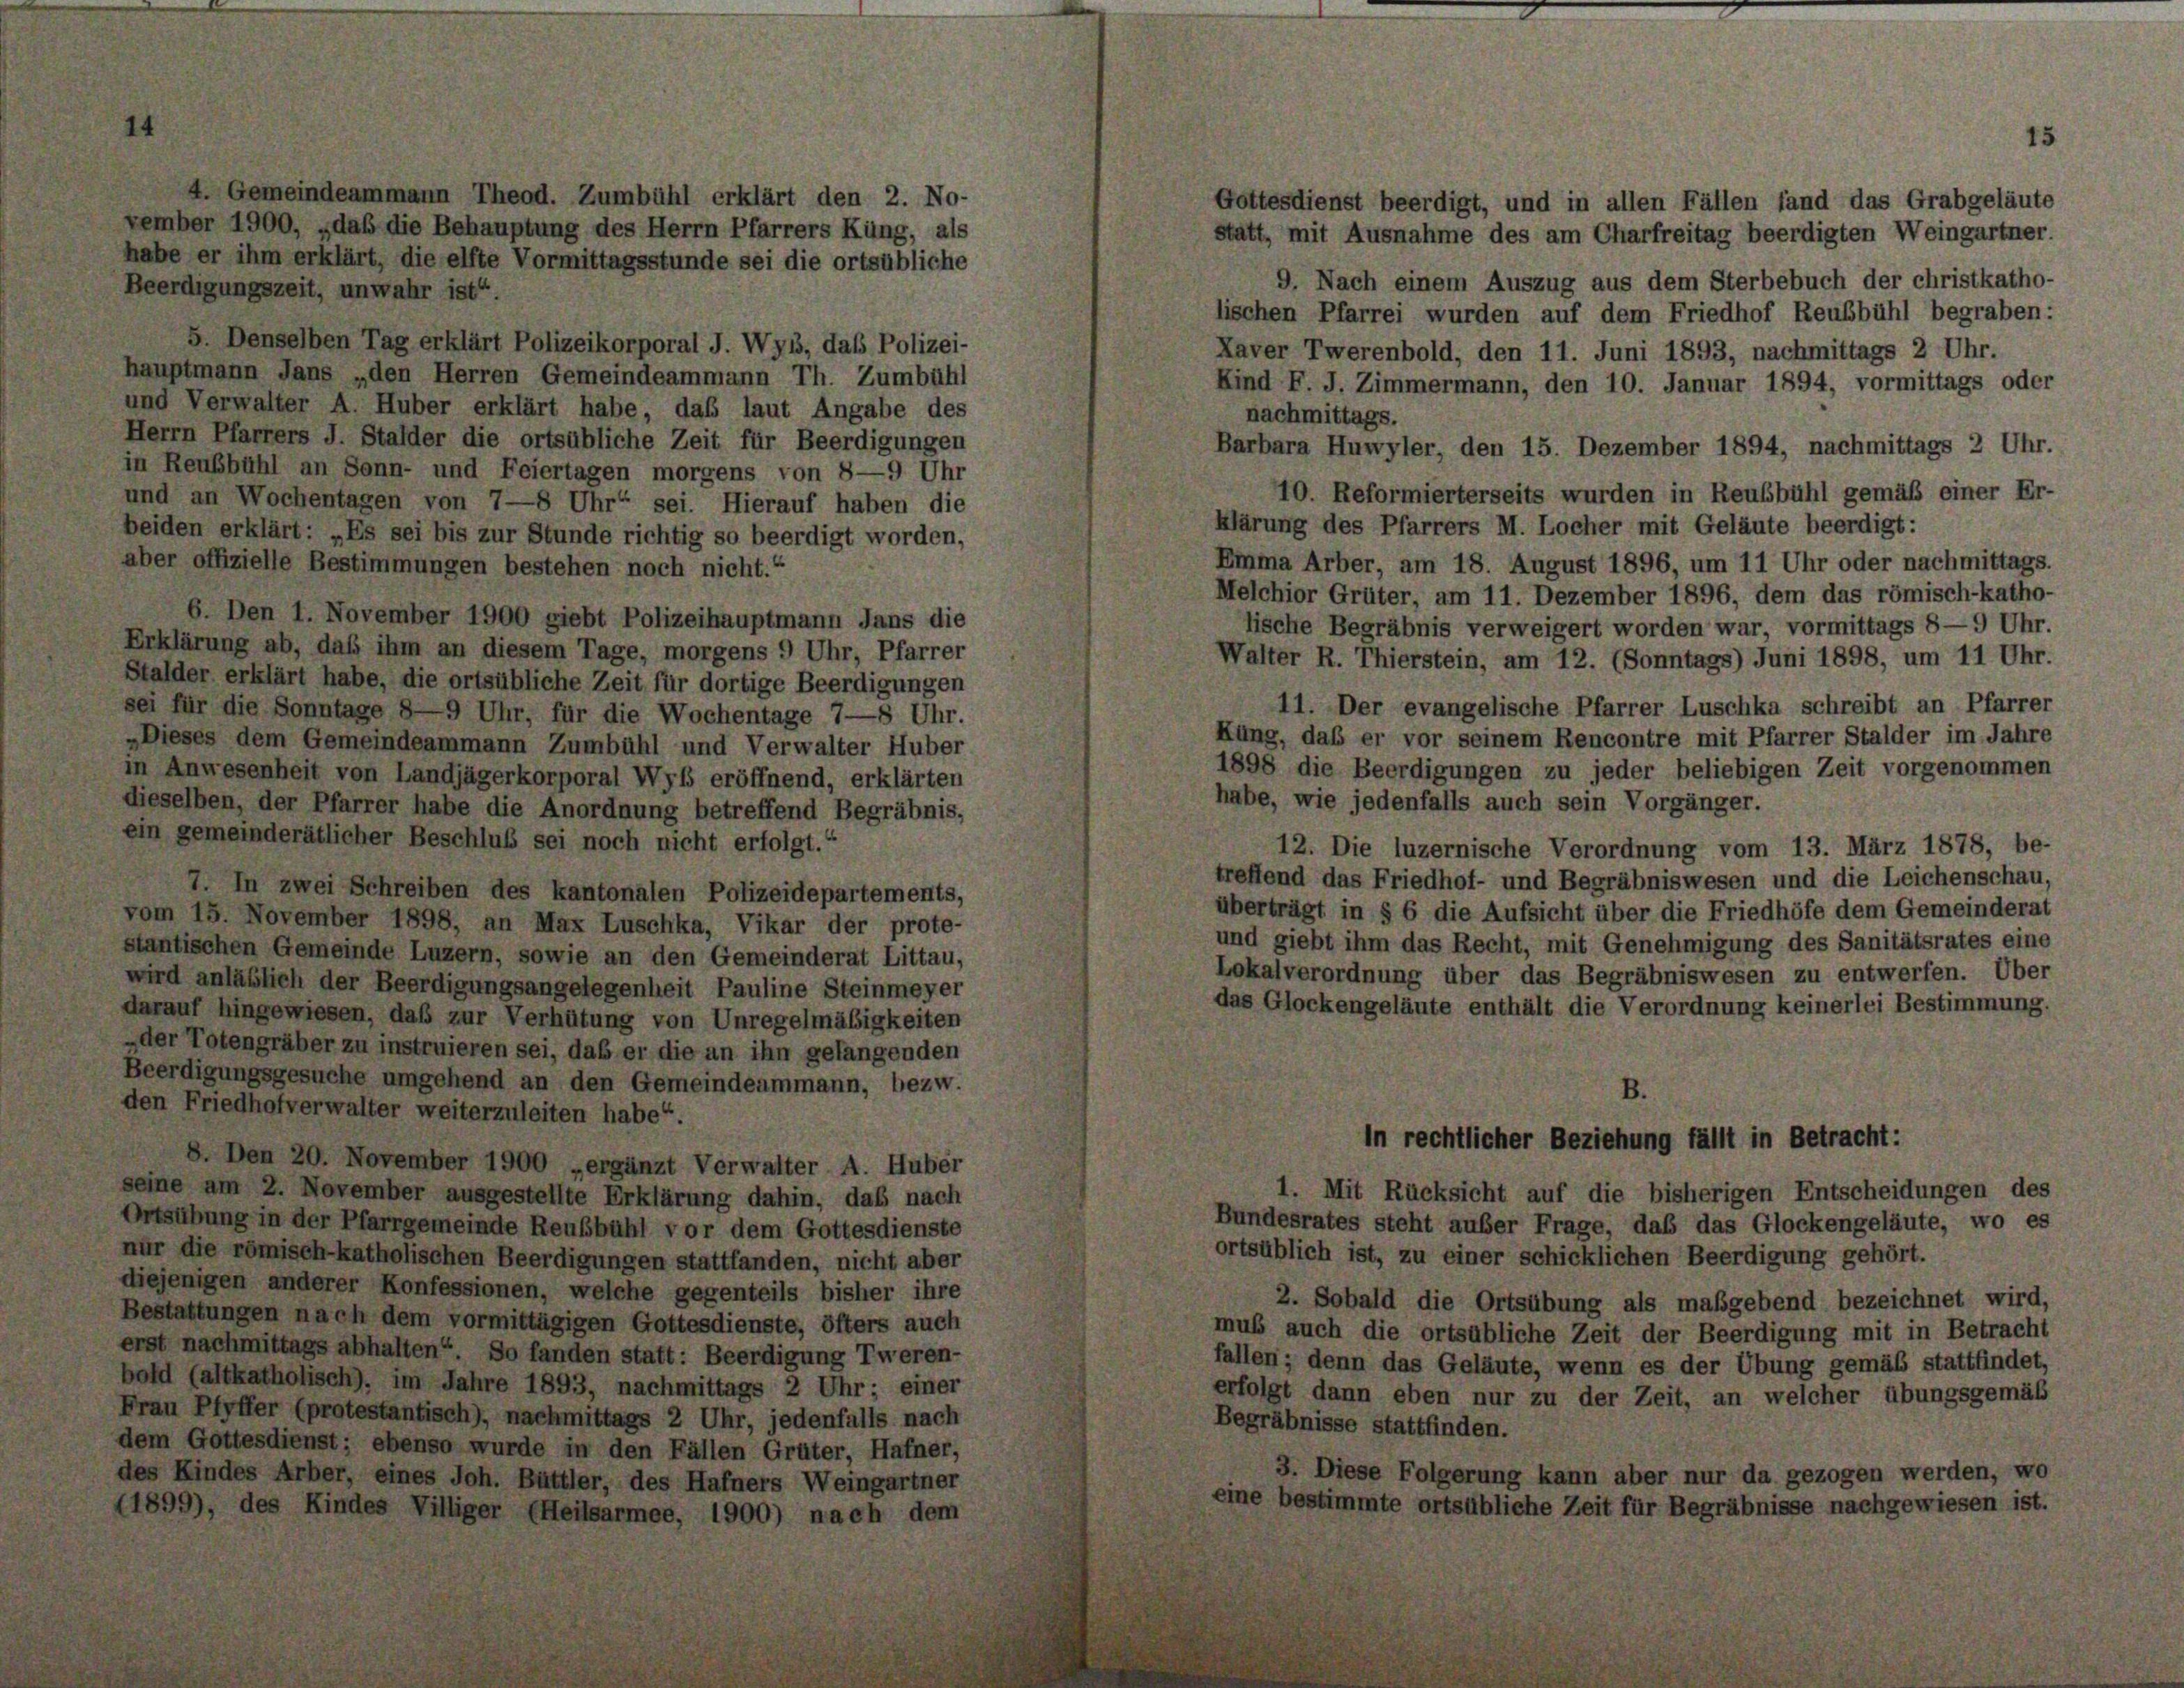
.

Gemeindeammann Theod. Zumbühl erklärt den 2. No-
1900, „daß die Behauptung des Herrn Pfarrers Küng, als
ihm erklärt, die elfte Vormittagsstunde sei die ortsübliche

5. Denselben Tag erklärt Polizeikorporal J. Wyss, das Polizei-
hauptmann Jans „den Herren Gemeindeammann Th. Zumbühl
und Verwalter A. Huber erklärt habe, daß laut Angabe des
Herrn Pfarrers J. Stalder die ortsübliche Zeit für Beerdigungen
in Reubbühl an Sonn- und Feiertagen morgens von 8-9 Uhr
und an Wochentagen von 7—8 Uhr“ sei. Hierauf haben die
beiden erklärt: „Es sei bis zur Stunde richtig so beerdigt worden,
aber offizielle Bestimmungen bestehen noch nicht.“
6. Den 1. November 1900 giebt Polizeihauptmann Jans die
Erklärung ab, daß ihm an diesem Tage, morgens 9 Uhr, Pfarrer
Stalder erklärt habe, die ortsübliche Zeit für dortige Beerdigungen
sei für die Sonntage 8—9 Uhr, für die Wochentage 7—8 Uhr.
„Dieses dem Gemeindeammann Zumbühl und Verwalter Huber
in Anwesenheit von Landjägerkorporal Wyl eröffnend, erklärten
dieselben, der Pfarrer habe die Anordnung betreffend Begräbnis,
ein gemeinderätlicher Beschluß sei noch nicht erfolgt.“
7. In zwei Schreiben des kantonalen Polizeidepartements,
vom 15. November 1898, an Max Luschka, Vikar der prote-
stantischen Gemeinde Luzern, sowie an den Gemeinderat Littau,
wird anläßlich der Beerdigungsangelegenheit Pauline Steinmeyer
darauf hingewiesen, daß zur Verhütung von Unregelmäßigkeiten
-der Totengräber zu instruieren sei, daß er die an ihn gelangenden
Beerdigungsgesuche umgehend an den Gemeindeammann, bezw.
den Friedhof verwalter weiterzuleiten habe“.
8. Den 20. November 1900 „ergänzt Verwalter A. Huber
seine am 2. November ausgestellte Erklärung dahin, das nach
Ortsübung in der Pfarrgemeinde Reubbühl vor dem Gottesdienste
nur die römisch-katholischen Beerdigungen stattfanden, nicht aber
diejenigen anderer Konfessionen, welche gegenteils bisher ihre
Bestattungen nach dem vormittägigen Gottesdienste, öfters auch
erst nachmittags abhalten“. So fanden statt: Beerdigung Tweren-
bold (altkatholisch), im Jahre 1893, nachmittags 2 Uhr; einer
Frau Pfyffer (protestantisch), nachmittags 2 Uhr, jedenfalls nach
dem Gottesdienst; ebenso wurde in den Fällen Grüter, Hafner,
des Kindes Arber, eines Joh. Büttler, des Hafners Weingartner
(1899), des Kindes Villiger (Heilsarmee, 1900) nach dem

Gottesdienst beerdigt, und in allen Fällen fand das Grabgeläute
statt, mit Ausnahme des am Charfreitag beerdigten Weingartner.
9. Nach einem Auszug aus dem Sterbebuch der christkatho-
lischen Pfarrei wurden auf dem Friedhof Reubbühl begraben:
Laver Twerenbold, den 11. Juni 1893, nachmittags 2 Uhr.
Kind F. J. Zimmermann, den 10. Januar 1894, vormittags oder
nachmittags.
Barbara Huwyler, den 15. Dezember 1894, nachmittags 2 Uhr.
10. Reformierterseits wurden in Reußsbühl gemäß einer Er-
Klärung des Pfarrers M. Locher mit Geläute beerdigt:
Emma Arber, am 18. August 1896, um 11 Uhr oder nachmittags.
Melchior Grüter, am 11. Dezember 1896, dem das römisch-katho-
lische Begräbnis verweigert worden war, vormittags 8—9 Uhr.
Walter R. Thierstein, am 12. (Sonntags) Juni 1898, um 11 Uhr.
11. Der evangelische Pfarrer Luschka schreibt an Pfarrer
Kung, daß er vor seinem Rencontre mit Pfarrer Stalder im Jahre
1898 die Beerdigungen zu jeder beliebigen Zeit vorgenommen
habe, wie jedenfalls auch sein Vorgänger.
12. Die luzernische Verordnung vom 13. März 1878, be-
treffend das Friedhof- und Begräbniswesen und die Leichenschau,
überträgt in § 6 die Aufsicht über die Friedhöfe dem Gemeinderat
und giebt ihm das Recht, mit Genehmigung des Sanitätsrates eine
Lokalverordnung über das Begräbniswesen zu entwerfen. Über
das Glockengeläute enthält die Verordnung keinerlei Bestimmung.

in rechtlicher Beziehung fällt in Betracht:

1. Mit Rücksicht auf die bisherigen Entscheidungen des
Bundesrates steht außer Frage, daß das Glockengeläute, wo es
ortsüblich ist, zu einer schicklichen Beerdigung gehört.
2. Sobald die Ortsübung als maßgebend bezeichnet wird,
muß auch die ortsubliche Zeit der Beerdigung mit in Betracht
fallen; denn das Geläute, wenn es der Übung gemäß stattfindet,
erfolgt dann eben nur zu der Zeit, an welcher übungsgemäß
Begräbnisse stattfinden.
3. Diese Folgerung kann aber nur da gezogen werden, wo
eine bestimmte ortsübliche Zeit für Begräbnisse nachgewiesen ist.